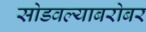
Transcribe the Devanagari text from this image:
सोडवल्याबरोबर